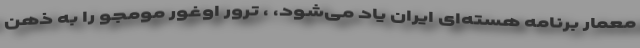
معمار برنامه هسته‌ای ایران یاد می‌شود، ، ترور اوغور مومجو را به ذهن